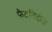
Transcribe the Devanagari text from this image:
फैटलिटीज़